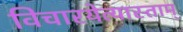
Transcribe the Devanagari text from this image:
विचारयेत्यास्ताम्